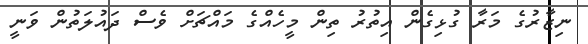
ނިޒާރުގެ މަރާ ގުޅިގެން އިތުރު ތިން މީހެއްގެ މައްޗަށް ވެސް ދައުލަތުން ވަނީ